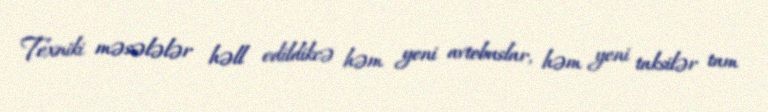
Texniki məsələlər həll edildikcə həm yeni avtobuslar, həm yeni taksilər tam